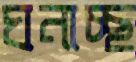
ঘনাচ্ছ